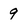
Character: 9